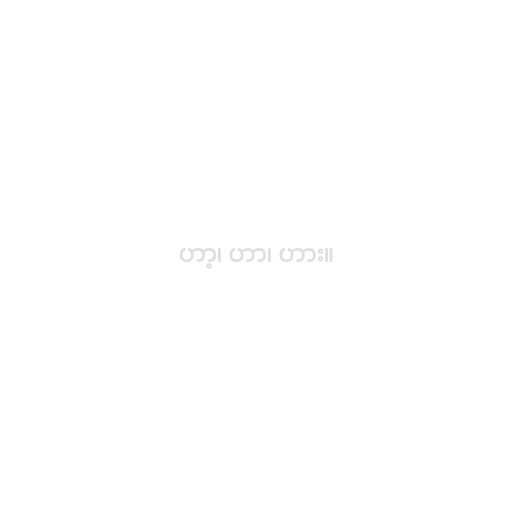
ဟာ့၊ ဟာ၊ ဟား။